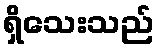
ရှိသေးသည်